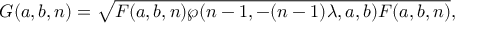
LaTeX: G ( a , b , n ) = \sqrt { F ( a , b , n ) \wp ( n - 1 , - ( n - 1 ) \lambda , a , b ) F ( a , b , n ) } ,